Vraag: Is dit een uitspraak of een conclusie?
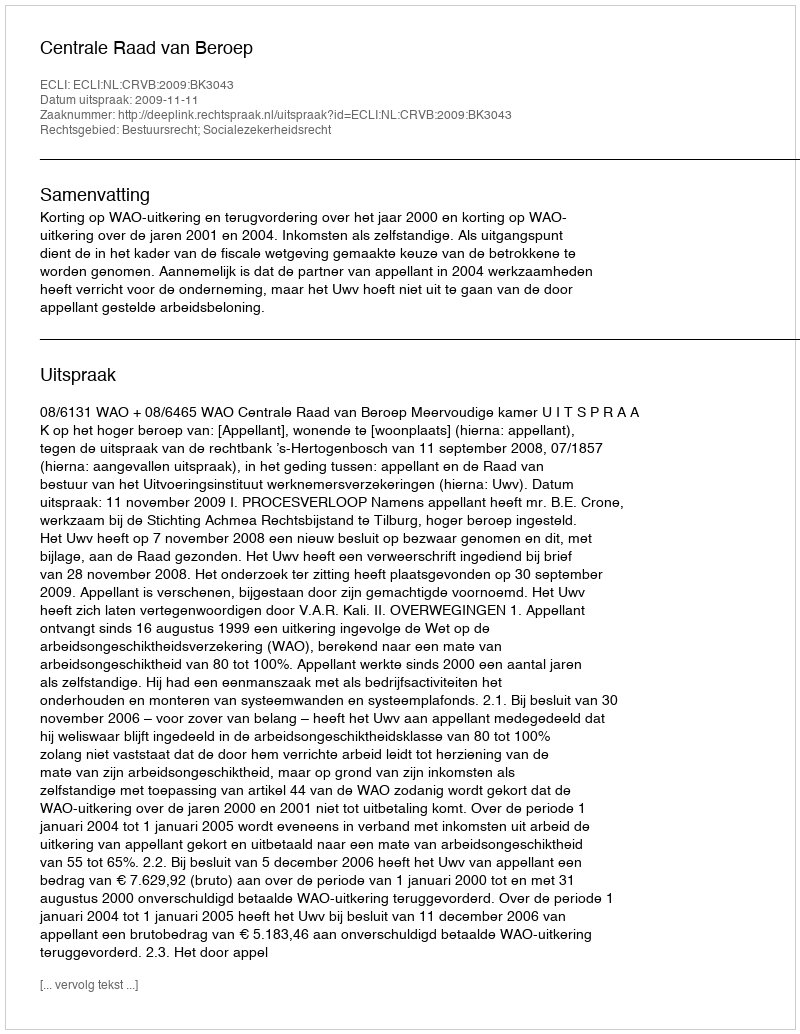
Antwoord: Uitspraak